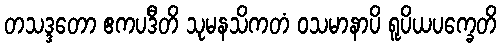
တသဒ္ဒတော ဧကပဒီတိ သုမနသိကတံ ဝသမာနာပိ ရူပိယပက္ခေတိ